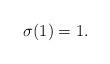
LaTeX: \begin{align*} \sigma(1) = 1. \end{align*}